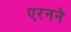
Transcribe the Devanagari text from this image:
एरनने